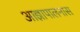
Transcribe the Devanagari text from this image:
आज्ञापालनास